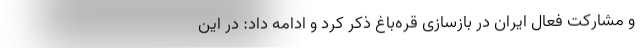
و مشارکت فعال ایران در بازسازی قره‌باغ ذکر کرد و ادامه داد: در این